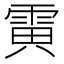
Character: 𱁗